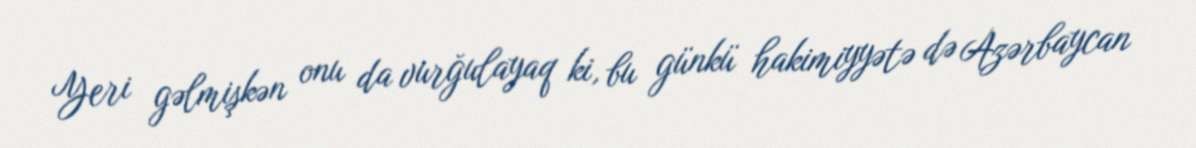
Yeri gəlmişkən onu da vurğulayaq ki, bu günkü hakimiyyətə də Azərbaycan